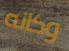
وكانه